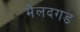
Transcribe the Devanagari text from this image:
मैलदगड